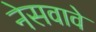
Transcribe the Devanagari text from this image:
नेसवावे